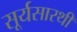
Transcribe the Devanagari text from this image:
सूर्यसारथी